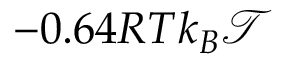
- 0 . 6 4 R T k _ { B } \mathcal { T }